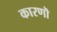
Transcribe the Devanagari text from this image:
कारणॊ